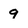
Character: 9